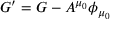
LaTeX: G ^ { \prime } = G - A ^ { \mu _ { 0 } } \phi _ { \mu _ { 0 } }